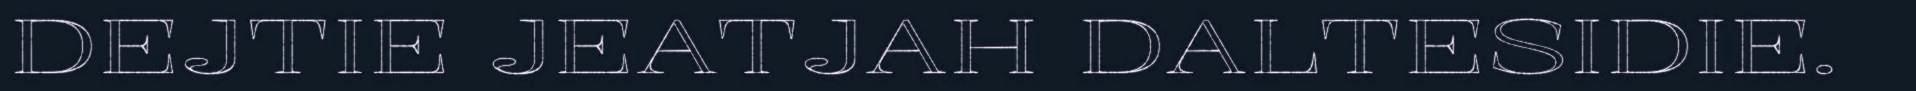
DEJTIE JEATJAH DALTESIDIE.